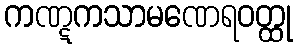
ကဏ္ဋကသာမဏေရဝတ္ထု